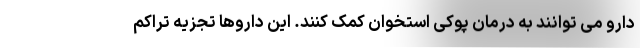
دارو می توانند به درمان پوکی استخوان کمک کنند. این داروها تجزیه تراکم